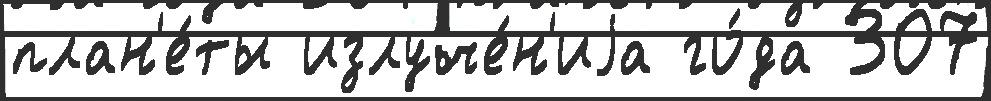
план'е́ты излуче́н'иjа го́да 307